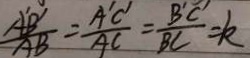
\frac { A B ^ { \prime } B ^ { \prime } } { A B } = \frac { A ^ { \prime } C ^ { \prime } } { A C } = \frac { B ^ { \prime } C } { B C } = k